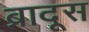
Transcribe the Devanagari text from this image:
ब्रादूस